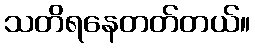
သတိရနေတတ်တယ်။